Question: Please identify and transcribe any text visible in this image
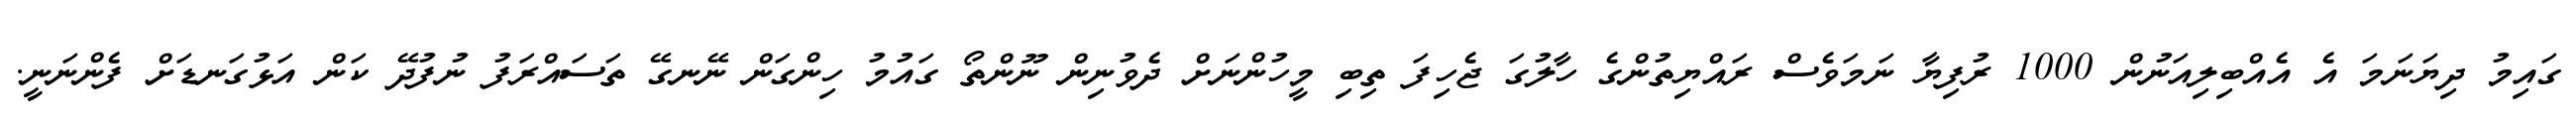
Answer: ގައިމު ދިޔަނަމަ އެ އެއްބިލިއަނުން 1000 ރުފިޔާ ނަމަވެސް ރައްޔިތުންގެ ހާލުގަ ޖެހިފަ ތިބި މީހުންނަށް ދެވުނިން ނޫންތޯ ގައުމު ހިންގަން ނޭނގޭ ތަސައްރަފު ނުފުދޭ ކަން އަޅުގަނޑަށް ފެންނަނީ.